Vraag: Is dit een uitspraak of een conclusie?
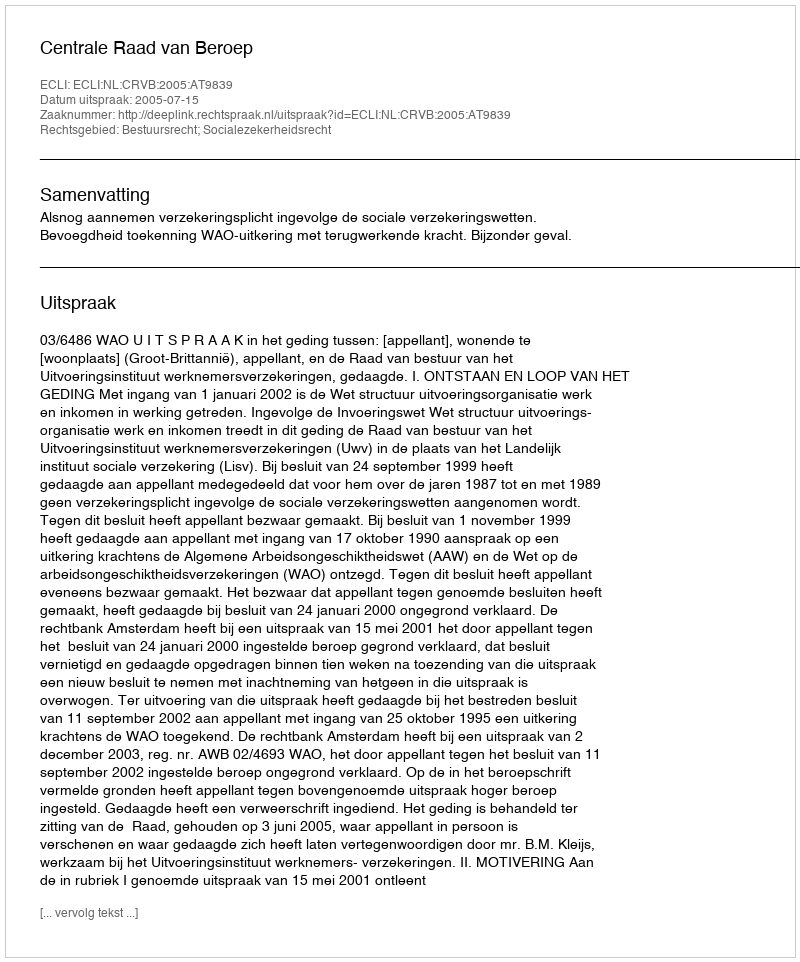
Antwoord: Uitspraak